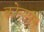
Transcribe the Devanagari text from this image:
कोल्टरन